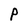
Character: P